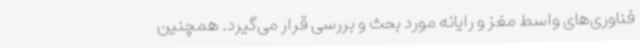
فناوری‌های واسط مغز و رایانه مورد بحث و بررسی قرار می‌گیرد. همچنین